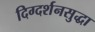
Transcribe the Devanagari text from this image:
दिग्दर्शनसुद्धा